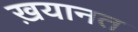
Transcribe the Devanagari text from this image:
ख़यानत